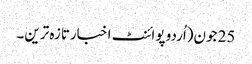
25 جون(اُردو پوائنٹ اخبارتازہ ترین۔